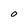
Character: O